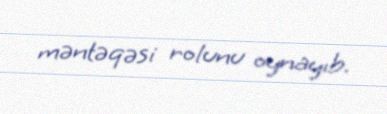
məntəqəsi rolunu oynayıb.